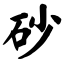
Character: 砂